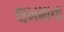
લખમાના